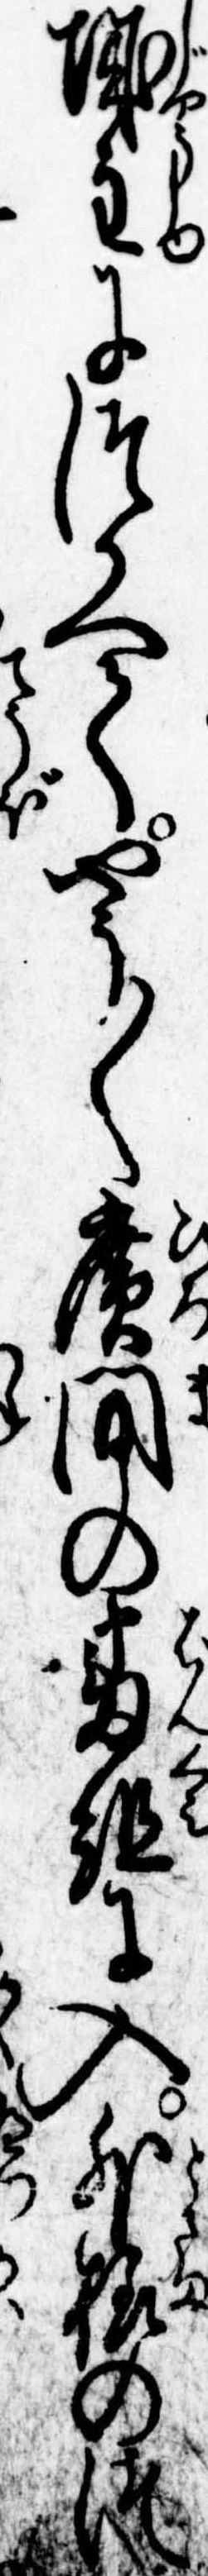
城主につかへてやう〱広間の番組に入外様のつ